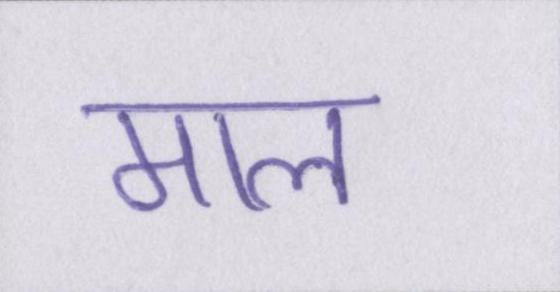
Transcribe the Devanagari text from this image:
माल